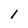
Character: 1